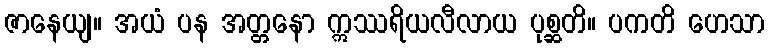
ဇာနေယျ။ အယံ ပန အတ္တနော ဣဿရိယလီလာယ ပုစ္ဆတိ။ ပကတိ ဟေသာ